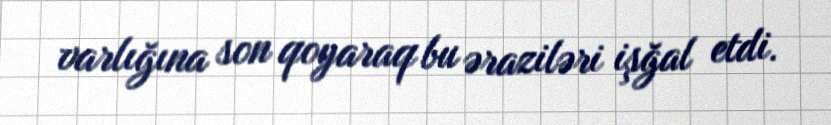
varlığına son qoyaraq bu əraziləri işğal etdi.